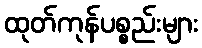
ထုတ်ကုန်ပစ္စည်းများ